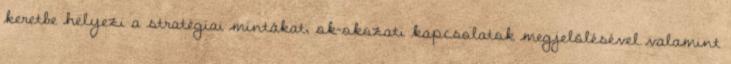
keretbe helyezi a stratégiai mintákat, ok-okozati kapcsolatok megjelölésével valamint